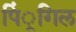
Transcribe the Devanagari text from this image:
पिं्रगिल